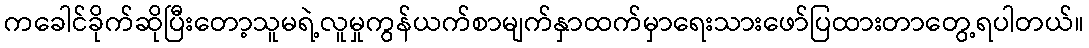
ကခေါင်ခိုက်ဆိုပြီးတော့သူမရဲ့လူမှုကွန်ယက်စာမျက်နှာထက်မှာရေးသားဖော်ပြထားတာတွေ့ရပါတယ်။